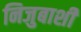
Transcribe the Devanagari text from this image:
निजुबाशी